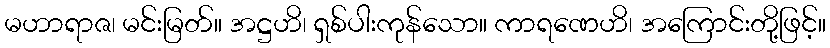
မဟာရာဇ၊ မင်းမြတ်။ အဋ္ဌဟိ၊ ရှစ်ပါးကုန်သော။ ကာရဏေဟိ၊ အကြောင်းတို့ဖြင့်။